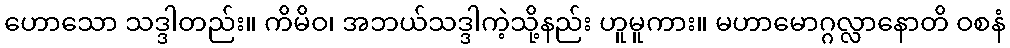
ဟောသော သဒ္ဒါတည်း။ ကိမိဝ၊ အဘယ်သဒ္ဒါကဲ့သို့နည်း ဟူမူကား။ မဟာမောဂ္ဂလ္လာနောတိ ဝစနံ